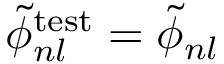
\widetilde { \phi } _ { n l } ^ { \mathrm { t e s t } } = \widetilde { \phi } _ { n l }